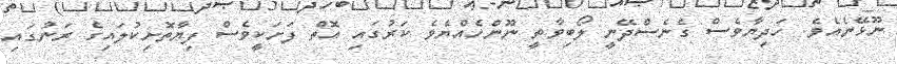
ނޫޅޭނެއެވެ. ހަދިޔާވެސް ގެނެސްދޭނީ ލޯބިވާތީ ނޫންހެއްޔެވެ ކަރުގައި އޮތް ފަށަކީވެސް ފިޔާތޮށިކުލައިގެ ރަނުގައި